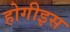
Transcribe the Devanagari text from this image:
होगीइस